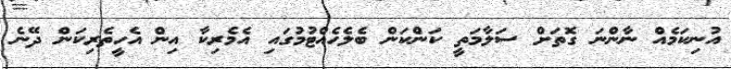
އުނިކަމެއް ނާންނަ ގޮތަށް ސަލާމަތީ ކަންކަން ބެލެހެއްޓުމުގައި އެމެރިކާ އިން އެހީތެރިކަން ދޭނެ